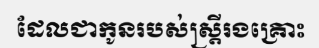
ដែលជាកូនរបស់ស្ត្រីរងគ្រោះ